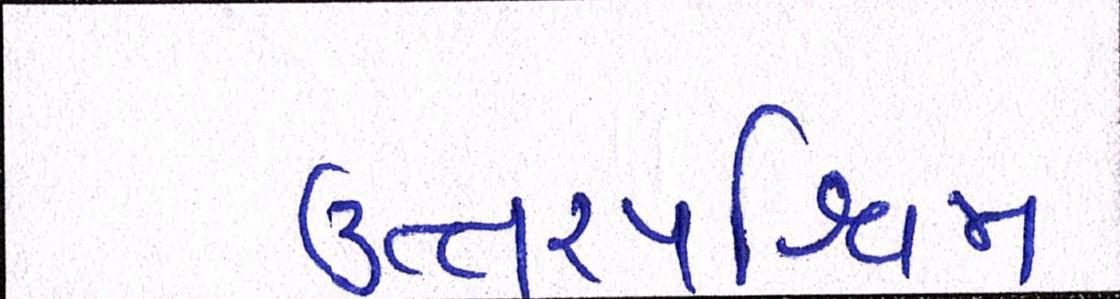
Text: ઉત્તરપશ્ચિમી